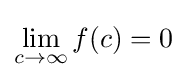
\lim _{c\rightarrow \infty }f(c)=0